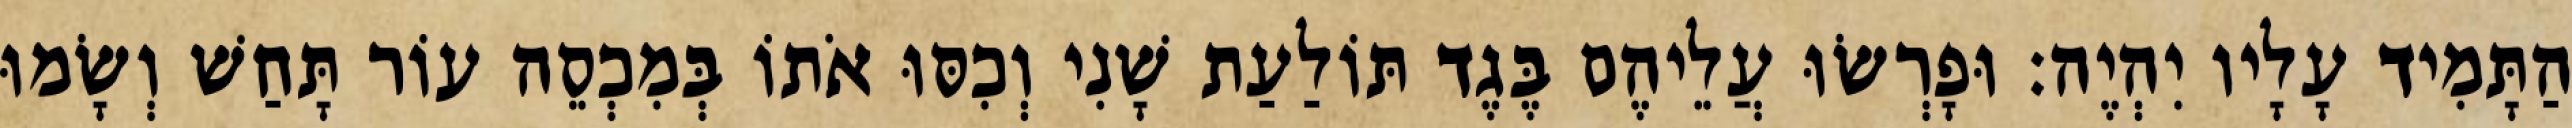
הַתָּמִיד עָלָיו יִהְיֶה׃ וּפָרְשׂוּ עֲלֵיהֶם בֶּגֶד תּוֹלַעַת שָׁנִי וְכִסּוּ אֹתוֹ בְּמִכְסֵה עוֹר תָּחַשׁ וְשָׂמוּ